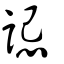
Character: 誋